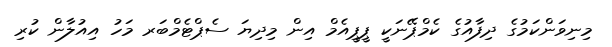
މިނިވަންކަމުގެ ދިފާއުގެ ކެމްޕޭނަކީ ޕީޕީއެމް އިން މިދިޔަ ސެޕްޓެމްބަރ މަހު އިއުލާން ކުރި